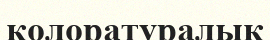
колоратуралық